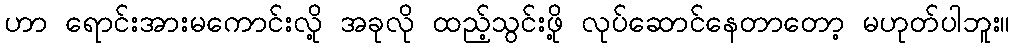
ဟာ ရောင်းအားမကောင်းလို့ အခုလို ထည့်သွင်းဖို့ လုပ်ဆောင်နေတာတော့ မဟုတ်ပါဘူး။